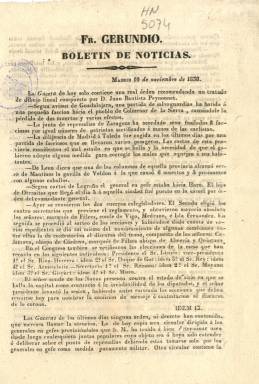
Título: Fr. Gerundio, boletín de noticias
Otros títulos: Fray Gerundio, boletín de noticias
Colección: Periódicos anteriores a 1850
Ámbito geográfico: Madrid
Lugar de publicación: Madrid
Fechas: 10/11/1838-05/03/1841

Se desconoce cuando pudo comenzar a publicarse este impreso periódico, que sin secuencia numérica ni frecuencia fija de aparición, era estampado en la Imprenta de Francisco de Paula Mellado, que aparece también como editor, y se distribuía a los suscriptores del periódico satírico Fr. Gerundio, que había comenzado a redactar Modesto Lafuente (1806-1866), en León, a partir del cuatro de abril de 1837 y desde el uno de julio de 1838, en Madrid, en el citado establecimiento tipográfico de Mellado.

La primera entrega de este Boletín de noticias en la colección de la Biblioteca Nacional de España (BNE) está fechada el 10 de noviembre de 1838. Se trata de números de una sola hoja, con las dos páginas impresas, compuestas a una columna, que contienen breves noticias, sobre todo concernientes a la guerra carlista y también sobre la actividad parlamentaria, estando estructuradas de forma cronológica, pues a veces se incluye el epígrafe de fechas posteriores a la que encabeza el impreso.

La procedencia de las noticias es la Gaceta de Madrid y otros periódicos, así como otras fuentes procedentes del correo y de corresponsales. Incluso, puede tener, al final, una sección de Última hora, por lo que debía ser impreso por la tarde. La última entrega en este formato en la colección de la BNE corresponde al 26 de enero de 1839.

La siguiente entrega en la colección de la BNE corresponde al doce de febrero de 1841. Ahora son de cuatro páginas, compuestas a dos columnas, y estampadas también por Mellado, pero, sin embargo, aparece indicado como editor responsable F. de S. Fuentes.

Siguen sin tener secuencia numérica, y sus contenidos continúan siendo también breves y concisas noticias, pero en este caso están estructuradas por secciones: Noticias oficiales, extranjeras, nacionales y de Madrid, con una última bajo el epígrafe Correo de hoy, por lo que debían seguir siendo impresas las entregas también por la tarde. La última de estas en la colección corresponde a la del cinco de marzo de 1841.

En la BNE también se encuentra otra colección con este título que comienza con la entrega número 139, correspondiente al cinco de enero de 1842, pero impresa ahora en el Establecimiento Tipográfico de la calla del Sordo, apareciendo indicados como editores responsables L.G. de Soto y J.B. Moreno. Debe ser la continuación de la nueva serie que había iniciado el 19 de agosto de 1841, cuando el título Boletín de Fr. Gerundio reemplazó completamente al satírico Fr. Gerundio, que había dejado de publicarse temporalmente el 17 de agosto de ese año, y que también integra la colección de la BNE.

En la del citado Boletín de noticias que había comenzado el dos de enero de 1842 será incluida una serie de artículos bajo el epígrafe Viage de Fray Gerundio por algunos reinos extrangeros, y que el autor había emprendido el 16 de agosto de 1841. En 1843, Modesto Lafuente se convertirá en cuñado de Mellado, al contraer matrimonio con una hermana de éste.